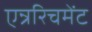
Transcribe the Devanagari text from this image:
एन्ररिचमेंट